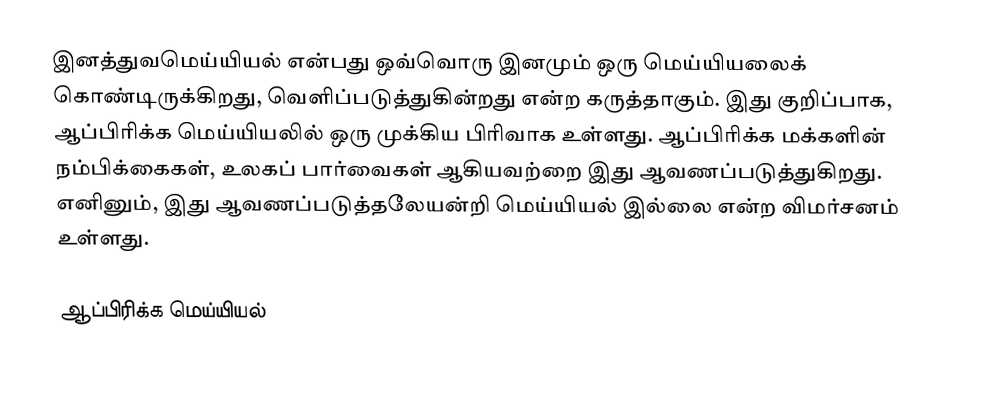
இனத்துவமெய்யியல் என்பது ஒவ்வொரு இனமும் ஒரு மெய்யியலைக் கொண்டிருக்கிறது, வெளிப்படுத்துகின்றது என்ற கருத்தாகும். இது குறிப்பாக, ஆப்பிரிக்க மெய்யியலில் ஒரு முக்கிய பிரிவாக உள்ளது. ஆப்பிரிக்க மக்களின் நம்பிக்கைகள், உலகப் பார்வைகள் ஆகியவற்றை இது ஆவணப்படுத்துகிறது. எனினும், இது ஆவணப்படுத்தலேயன்றி மெய்யியல் இல்லை என்ற விமர்சனம் உள்ளது.

ஆப்பிரிக்க மெய்யியல்